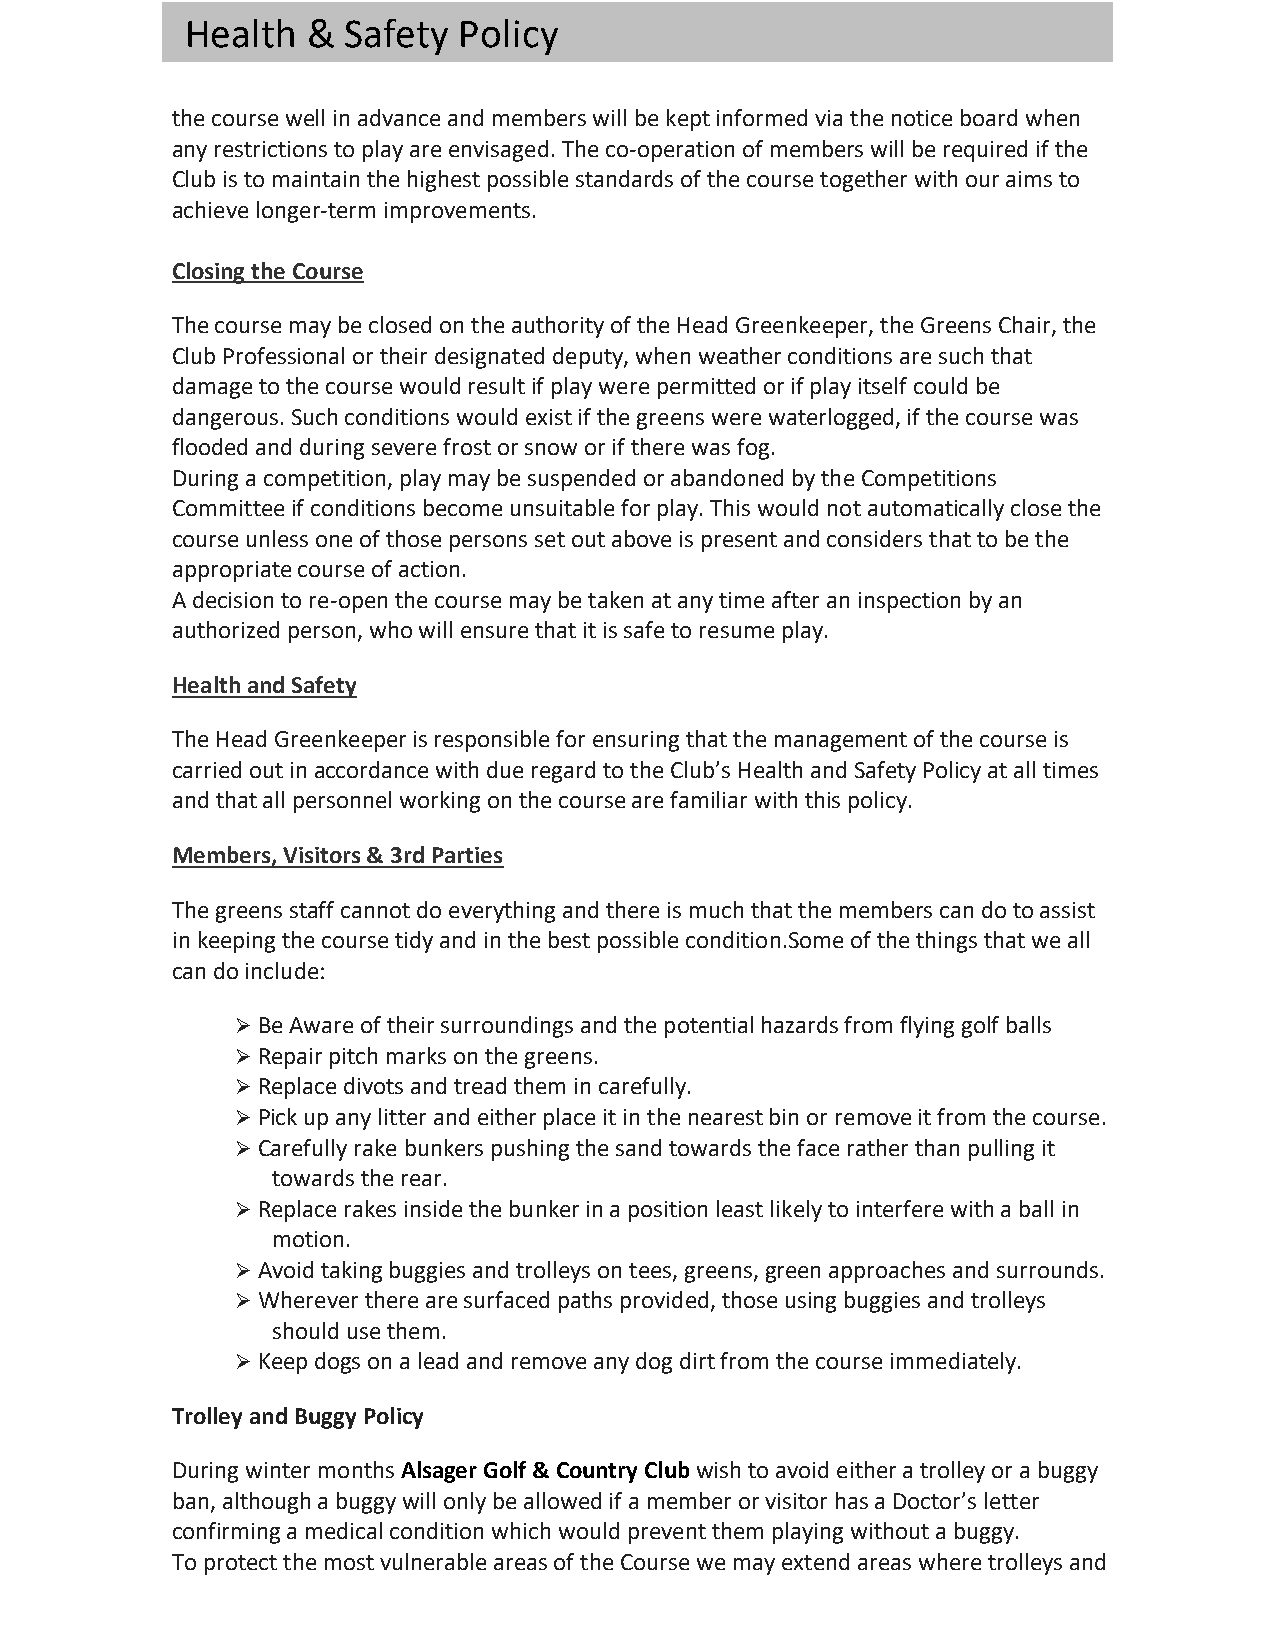
Health  &  Safety Policy
 the course well in advance and members will be kept informed via the notice board when
 any restrictions to play are envisaged. The co-operation of members will be required if the
 Club is to maintain the highest possible standards of the course together with our aims to
 achieve longer-term improvements.
 Closing the Course
 The course may be closed on the authority of the Head Greenkeeper, the Greens Chair, the
 Club Professional or their designated deputy, when weather conditions are such that
 damage to the course would result if play were permitted or if play itself could be
 dangerous. Such conditions would exist if the greens were waterlogged, if the course was
 flooded and during severe frost or snow or if there was fog.
 During a competition, play may be suspended or abandoned by the Competitions
 Committee if conditions become unsuitable for play. This would not automatically close the
 course unless one of those persons set out above is present and considers that to be the
 appropriate course of action.
 A decision to re-open the course may be taken at any time after an inspection by an
 authorized person, who will ensure that it is safe to resume play.
 Health and Safety
 The Head Greenkeeper is responsible for ensuring that the management of the course is
 carried out in accordance with due regard to the Club’s Health and Safety Policy at all times
 and that all personnel working on the course are familiar with this policy.
 Members, Visitors & 3rd Parties
 The greens staff cannot do everything and there is much that the members can do to assist
 in keeping the course tidy and in the best possible condition.Some of the things that we all
 can do include:
 Ø Be Aware of their surroundings and the potential hazards from flying golf balls
 Ø Repair pitch marks on the greens.
 Ø Replace divots and tread them in carefully.
 Ø Pick up any litter and either place it in the nearest bin or remove it from the course.
 Ø Carefully rake bunkers pushing the sand towards the face rather than pulling it
 towards the rear.
 Ø Replace rakes inside the bunker in a position least likely to interfere with a ball in
 motion.
 Ø Avoid taking buggies and trolleys on tees, greens, green approaches and surrounds.
 Ø Wherever there are surfaced paths provided, those using buggies and trolleys
 should use them.
 Ø Keep dogs on a lead and remove any dog dirt from the course immediately.
 Trolley and Buggy Policy
 During winter months Alsager Golf & Country Club wish to avoid either a trolley or a buggy
 ban, although a buggy will only be allowed if a member or visitor has a Doctor’s letter
 confirming a medical condition which would prevent them playing without a buggy.
 To protect the most vulnerable areas of the Course we may extend areas where trolleys and